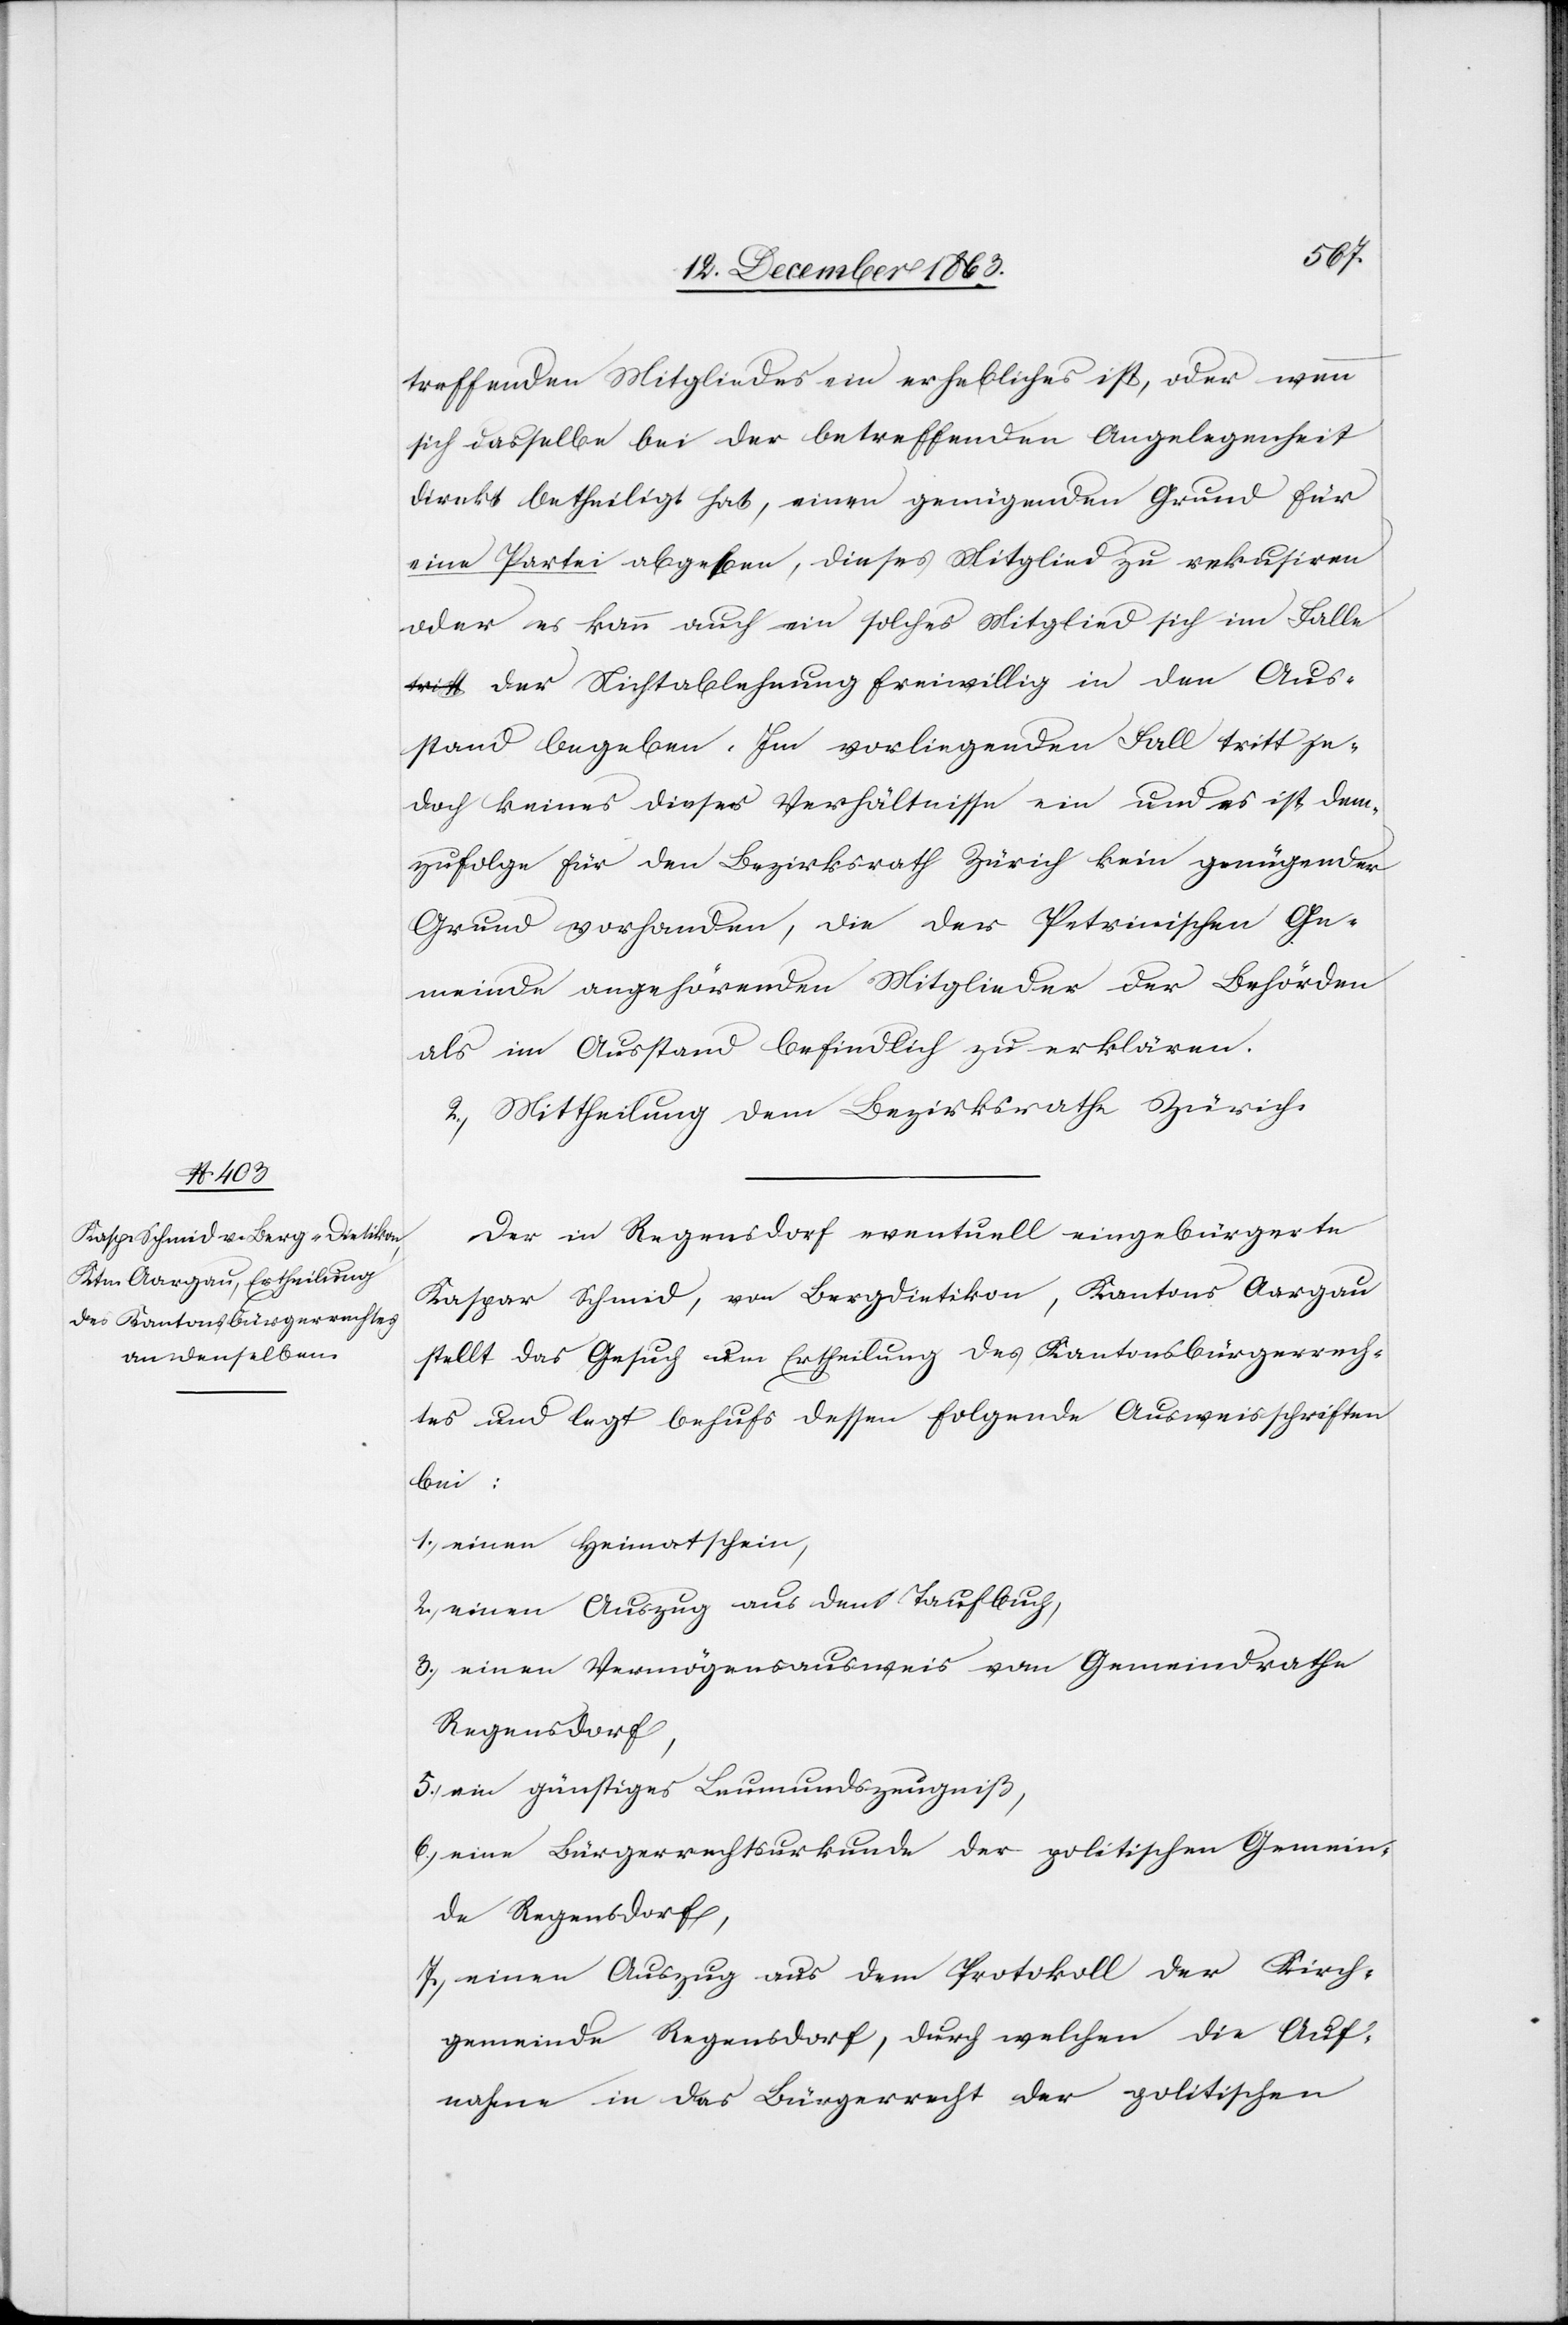
treffenden Mitgliedes ein erhebliches ist, oder wenn
sich dasselbe bei der betreffenden Angelegenheit
direkt betheiligt hat, einen genügenden Grund für
eine Partei abgeben, dieses Mitglied zu rekusiren
oder es kann auch ein solches Mitglied sich im Fall¬
e der Nichtablehnung freiwillig in den Aus¬
stand begeben. Im vorliegenden Fall tritt je¬
doch keines dieser Verhältnisse ein und es ist dem¬
zufolge für den Bezirksrath Zürich kein genügender
Grund vorhanden, die der Petrinischen Ge¬
meinde angehörenden Mitglieder der Behörden
als im Ausstand befindlich zu erklären.
2.) Mittheilung dem Bezirksrathe Zürich.
Der in Regensdorf eventuell eingebürgerte
Kaspar Schmid, von Bergdietikon, Kantons Aargau
stellt das Gesuch um Ertheilung des Kantonsbürgerrech¬
tes und legt behufs dessen folgende Ausweisschriften
bei:
1.) einen Heimatschein,
2.) einen Auszug aus dem Taufbuch,
3.) einen Vermögensausweis vom Gemeindrathe
Regensdorf,
ein günstiges Leumundszeugniß,
6.) eine Bürgerrechtsurkunde der politischen Gemein¬
de Regensdorf,
7.) einen Auszug aus dem Protokoll der Kirch¬
gemeinde Regensdorf, durch welchen die Auf¬
nahme in das Bürgerrecht der politischen